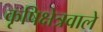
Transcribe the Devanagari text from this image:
कृषिक्षेत्रवाले